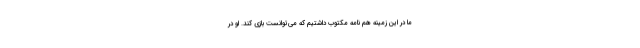
ما در این زمینه هم نامه مکتوب داشتیم که می‌توانست بازی کند. او در